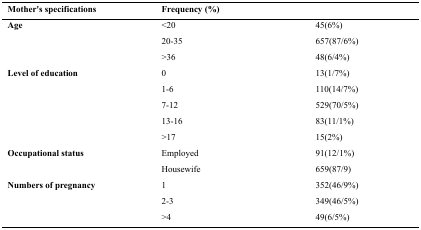
<table><thead><tr><td><b>Mother&#x27;s specifications</b></td><td colspan="2"><b>Frequency (%)</b></td></tr></thead><tbody><tr><td rowspan="3"><b>Age</b></td><td>&lt;20</td><td>45(6%)</td></tr><tr><td>20-35</td><td>657(87/6%)</td></tr><tr><td>&gt;36</td><td>48(6/4%)</td></tr><tr><td rowspan="5"><b>Level of education</b></td><td>0</td><td>13(1/7%)</td></tr><tr><td>1-6</td><td>110(14/7%)</td></tr><tr><td>7-12</td><td>529(70/5%)</td></tr><tr><td>13-16</td><td>83(11/1%)</td></tr><tr><td>&gt;17</td><td>15(2%)</td></tr><tr><td rowspan="2"><b>Occupational status</b></td><td>Employed</td><td>91(12/1%)</td></tr><tr><td>Housewife</td><td>659(87/9)</td></tr><tr><td rowspan="3"><b>Numbers of pregnancy</b></td><td>1</td><td>352(46/9%)</td></tr><tr><td>2-3</td><td>349(46/5%)</td></tr><tr><td>&gt;4</td><td>49(6/5%)</td></tr></tbody></table>